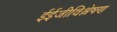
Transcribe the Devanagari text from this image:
ईईजीविश्लेषण